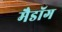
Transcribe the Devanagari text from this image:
मैडॉग